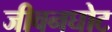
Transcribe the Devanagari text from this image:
जीवनघोट